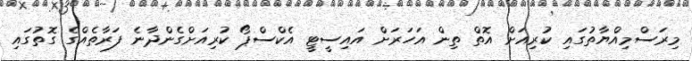
މިރަސްމިއްޔާތުގައި ކުރިއަށް އޮތް ތިން އަހަރަށް އައިސީޓީ އެކްސްޕޯ ކުރިއަށްގެންދާނެ ފަރާތެއްގެ ގޮތުގައި